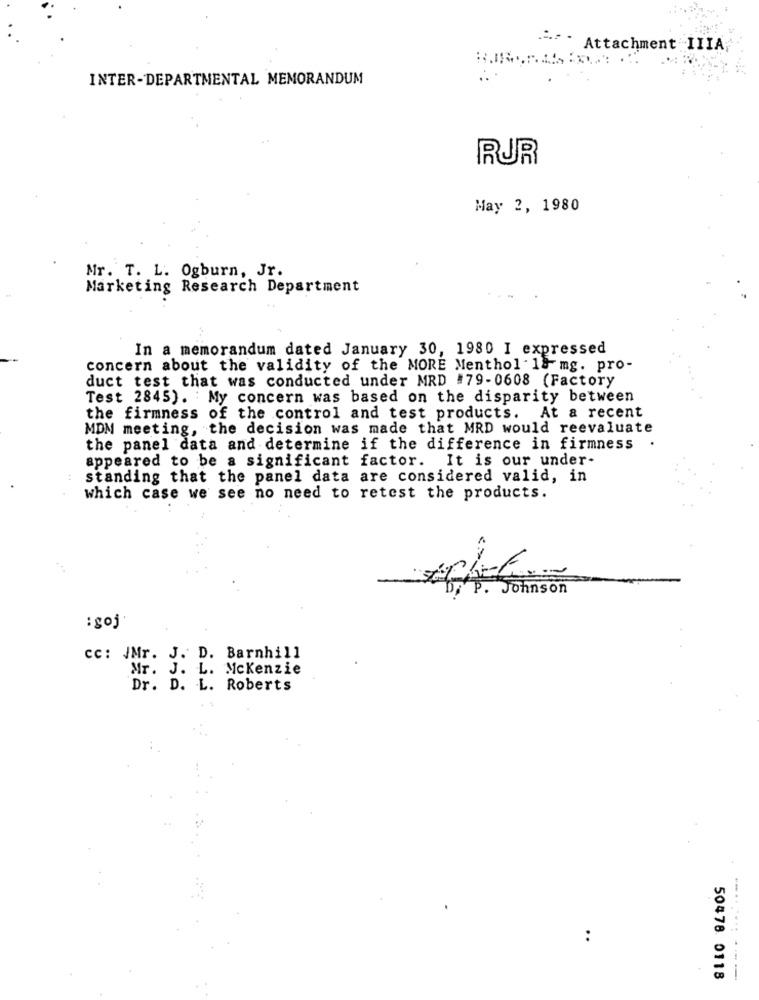
.-.. . Attachment IIIA;
INTER-DEPARTMENTAL MEMORANDUM
RUR
May 2, 1980
Mr. T. L. Ogburn, Jr.
Marketing Research Department
In a memorandum dated January 30, 1980 I expressed
concern about the validity of the MORE Menthol : 18 mg. pro-
duct test that was conducted under MRD #79-0608 (Factory
Test 2845). : My concern was based on the disparity between
the firmness of the control and test products.
At a recent
MDM meeting, the decision was made that MRD would reevaluate
the panel data and determine if the difference in firmness
appeared to be a significant factor. It is our under-
standing that the panel data are considered valid, in
which case we see no need to retest the products.
P. Johnson
: goj
cc: IMr. J. D. Barnhill
Mr. J. L. Mckenzie
Dr. D. L. Roberts
50478 0118